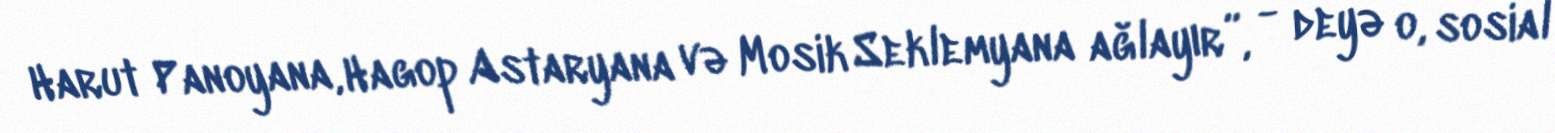
Harut Panoyana, Hagop Astaryana və Mosik Seklemyana ağlayır”, - deyə o, sosial